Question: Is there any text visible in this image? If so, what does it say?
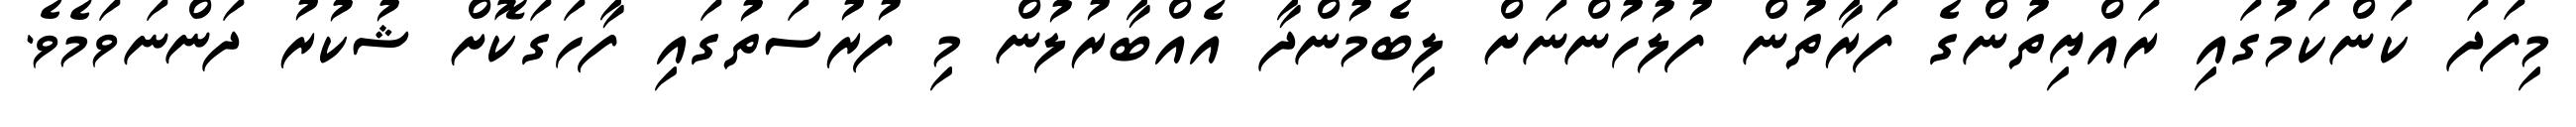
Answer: މިފަދަ ކަންކަމުގައި ރައްޔިތުންގެ ފަރާތުން ފުލުހުންނަށް ލިބެމުންދާ އެއްބާރުލުން މި ފުރުސަތުގައި ފާހަގަކޮށް ޝުކުރު ދަންނަވަމެވެ.